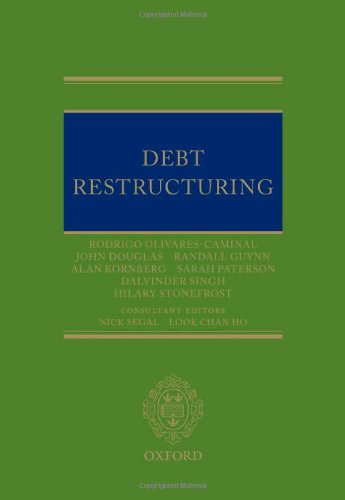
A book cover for Debt Restructuring; Rodrigo Olivares-Caminal; Business & Money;